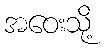
အဝေးသို့